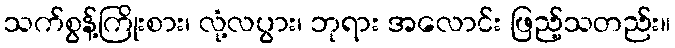
သက်စွန့်ကြိုးစား၊ လုံ့လပွား၊ ဘုရား အလောင်း ဖြည့်သတည်း။